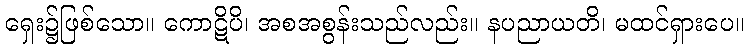
ရှေး၌ဖြစ်သော။ ကောဋိပိ၊ အစအစွန်းသည်လည်း။ နပညာယတိ၊ မထင်ရှားပေ။